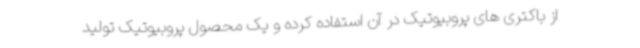
از باکتری های پروبیوتیک در آن استفاده کرده و یک محصول پروبیوتیک تولید